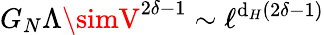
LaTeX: G_{N}\Lambda\simV^{2\delta-1}\sim\ell^{\mathrm{d}_{H}(2\delta-1)}